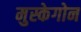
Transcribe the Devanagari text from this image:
मुस्केगोन